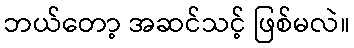
ဘယ်တော့ အဆင်သင့် ဖြစ်မလဲ။